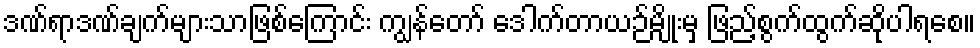
ဒဏ်ရာဒဏ်ချက်များသာဖြစ်ကြောင်း ကျွန်တော် ဒေါက်တာယဉ်မျိုးမှ ဖြည့်စွက်ထွက်ဆိုပါရစေ။